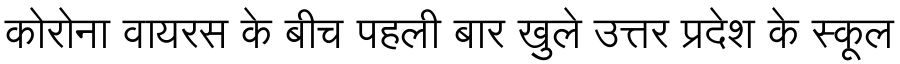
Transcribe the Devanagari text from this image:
कोरोना वायरस के बीच पहली बार खुले उत्तर प्रदेश के स्कूल